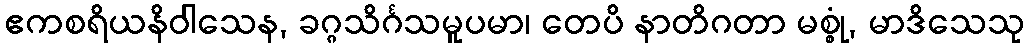
ဧကစရိယနိဝါသေန, ခဂ္ဂသိင်္ဂသမူပမာ၊ တေပိ နာတိဂတာ မစ္စုံ, မာဒိသေသု